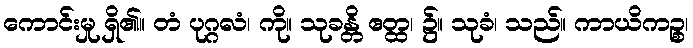
ကောင်းမှု ရှိ၏။ တံ ပုဂ္ဂလံ၊ ကို။ သုခန္တိ ဧတ္ထ၊ ၌။ သုခံ၊ သည်။ ကာယိကဉ္စ၊